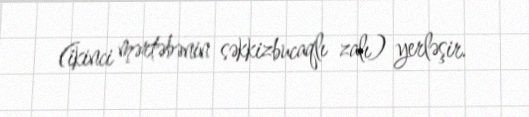
(ikinci mərtəbənin səkkizbucaqlı zalı) yerləşir.